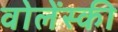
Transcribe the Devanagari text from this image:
वोलेंस्की